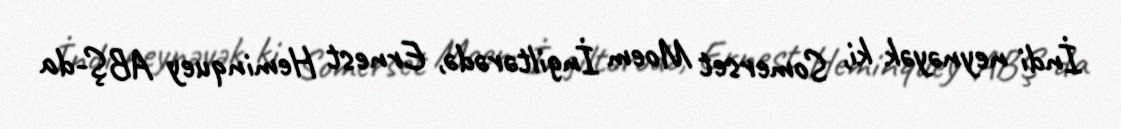
İndi neynəyək ki, Somerset Moem İngiltərədə, Ernest Heminquey ABŞ-da